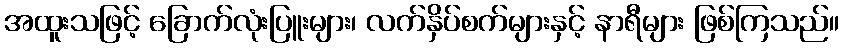
အထူးသဖြင့် ခြောက်လုံးပြူးများ၊ လက်နှိပ်စက်များနှင့် နာရီများ ဖြစ်ကြသည်။